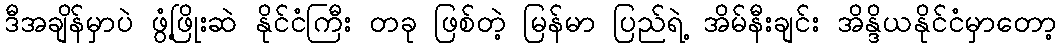
ဒီအချိန်မှာပဲ ဖွံ့ဖြိုးဆဲ နိုင်ငံကြီး တခု ဖြစ်တဲ့ မြန်မာ ပြည်ရဲ့ အိမ်နီးချင်း အိန္ဒိယနိုင်ငံမှာတော့